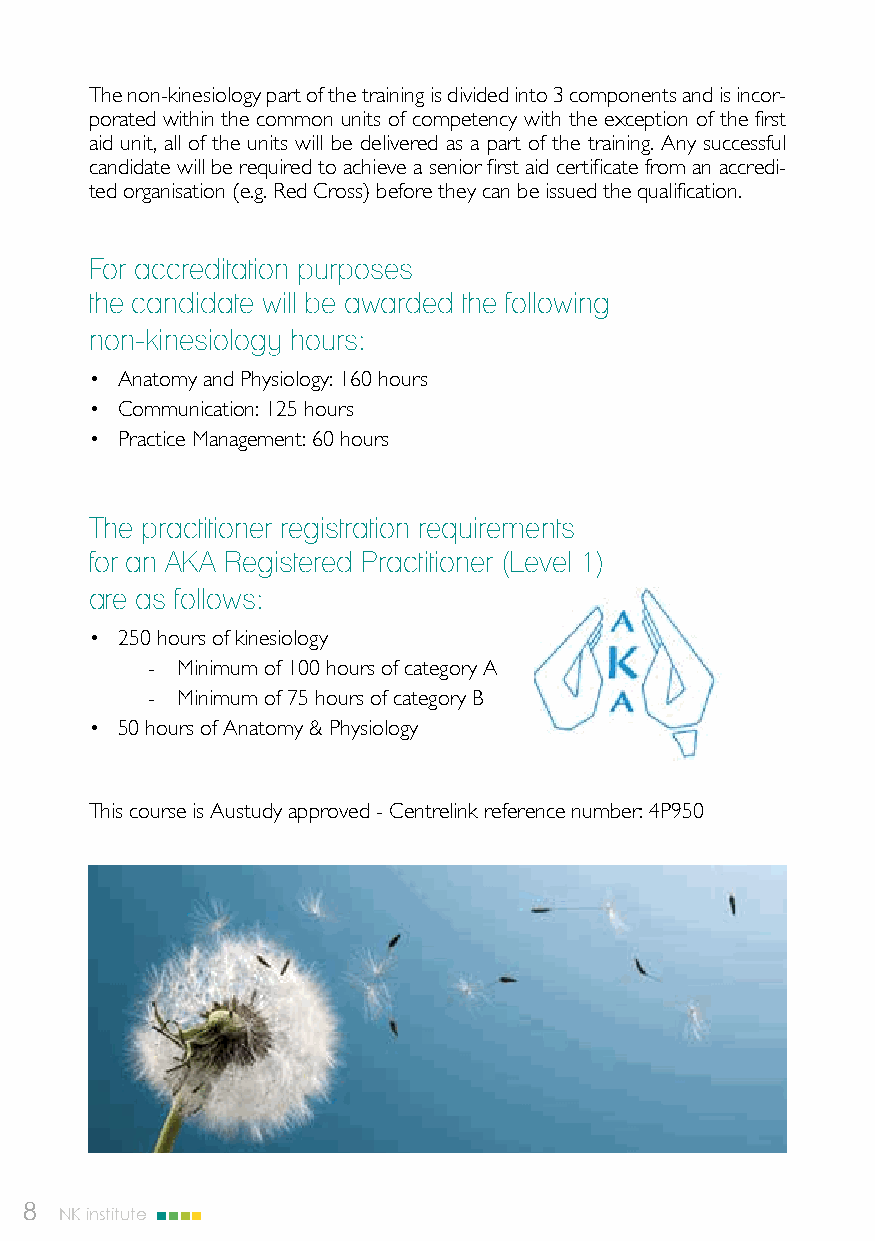
The non-kinesiology part of the training is divided into 3 components and is incor-
 porated within the common units of competency with the exception of the first
 aid unit, all of the units will be delivered as a part of the training. Any successful
 candidate will be required to achieve a senior first aid certificate from an accredi-
 ted organisation (e.g. Red Cross) before they can be issued the qualification.
 For accreditation purposes
 the candidate will be awarded the following
 non-kinesiology hours:
 • Anatomy and Physiology: 160 hours
 • Communication: 125 hours
 • Practice Management: 60 hours
 The practitioner registration requirements
 for an AKA Registered Practitioner (Level 1)
 are as follows:
 • 250 hours of kinesiology
 - Minimum of 100 hours of category A
 - Minimum of 75 hours of category B
 • 50 hours of Anatomy & Physiology
 This course is Austudy approved - Centrelink reference number: 4P950
 8  NK institute